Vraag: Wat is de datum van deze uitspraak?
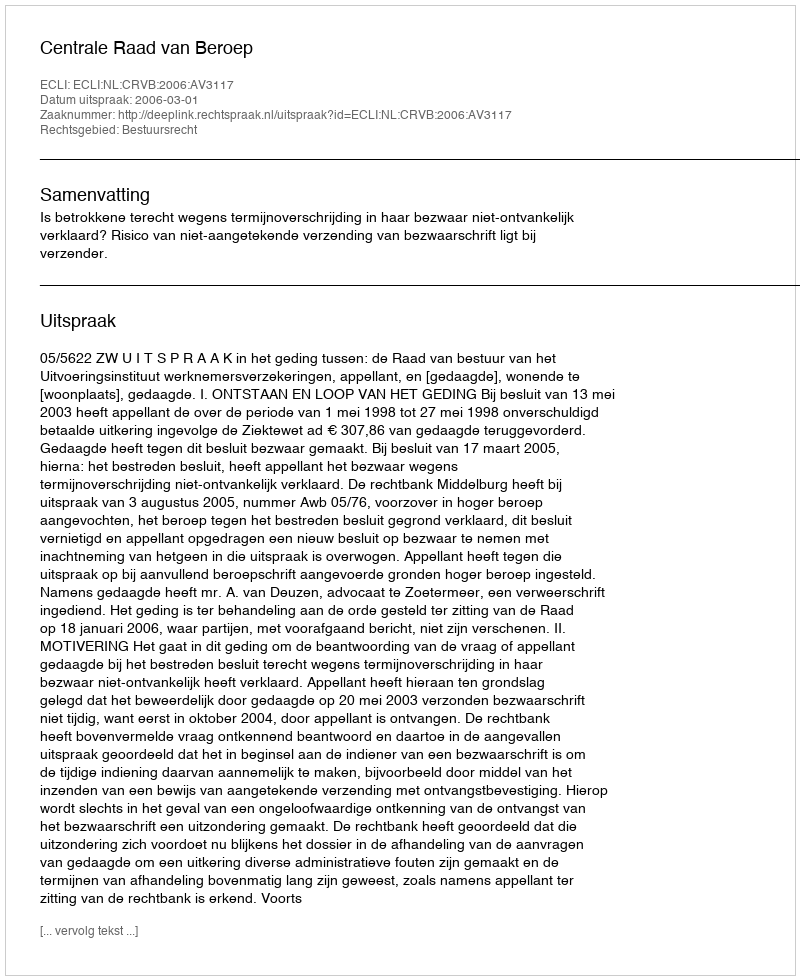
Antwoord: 2006-03-01